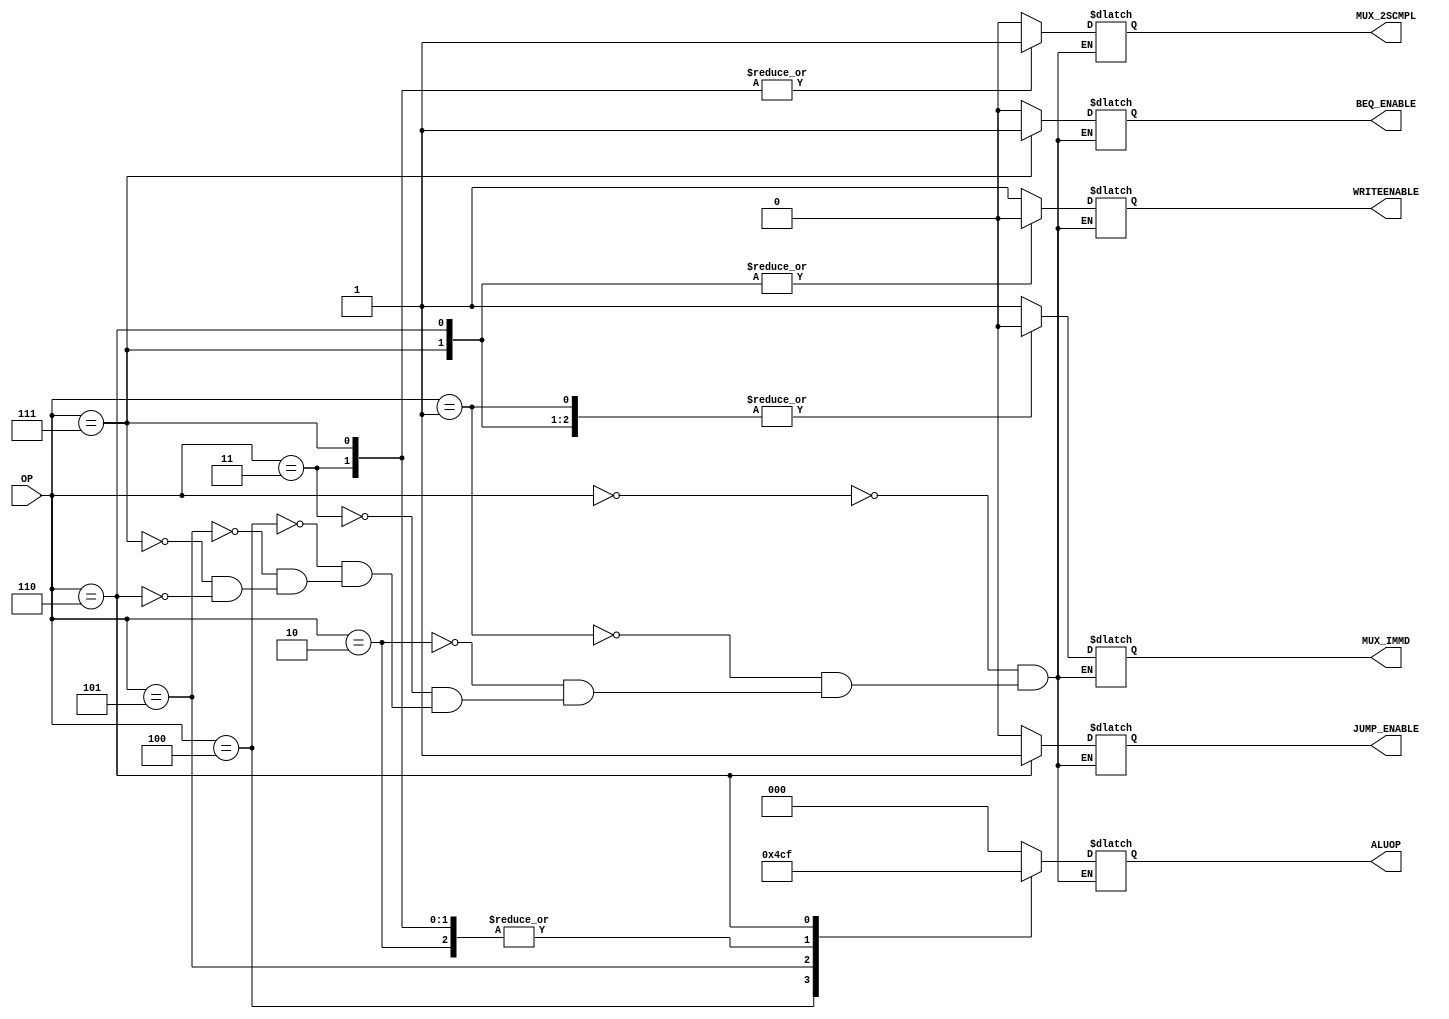
/*
 *
 *	Part 3
 *	CONTROL UNIT
 *
 */


module control_unit(ALUOP,MUX_2SCMPL,MUX_IMMD,WRITEENABLE,BEQ_ENABLE, JUMP_ENABLE, OP);

	input [7:0] OP;						// opcode

	output reg MUX_2SCMPL, MUX_IMMD, WRITEENABLE, BEQ_ENABLE, JUMP_ENABLE;		// 1 bit outputs from control unit
	output reg [2:0] ALUOP;					// 3-bits ALU opcode

	
	always @(*)
	begin 	
		
		#1

		case(OP)
			// case for load immediate value
			8'b00000000: begin
			
				ALUOP = 3'b000;		// alu operation code 
				MUX_2SCMPL = 'b0;	// 2s complement select pin
				MUX_IMMD = 'b1;		// immediadte value select pin
				WRITEENABLE = 'b1;	// register write enable pin
				BEQ_ENABLE = 'b0;	// branch equal enable pin
				JUMP_ENABLE = 'b0;	// jump enable pin

			end
			
			// case for move register value
			8'b00000001: begin

				ALUOP = 3'b000;		// alu operation code
                                MUX_2SCMPL = 'b0;	// 2s complement select pin
                                MUX_IMMD = 'b0;		// immediadte value select pin
                                WRITEENABLE = 'b1;	// register write enable pin
				BEQ_ENABLE = 'b0;       // branch equal enable pin
                                JUMP_ENABLE = 'b0;      // jump enable pin

			end

			// case for add operation
			8'b00000010: begin
				
				ALUOP = 3'b001;		// alu operation code
                                MUX_2SCMPL = 'b0;	// 2s complement select pin
                                MUX_IMMD = 'b0;		// immediadte value select pin
                                WRITEENABLE = 'b1;	// register write enable pin
				BEQ_ENABLE = 'b0;       // branch equal enable pin
                                JUMP_ENABLE = 'b0;      // jump enable pin

			end

			// case for sub operation
			8'b00000011: begin

				ALUOP = 3'b001;		// alu operation code
                                MUX_2SCMPL = 'b1;	// 2s complement select pin
                                MUX_IMMD = 'b0;		// immediadte value select pin
                                WRITEENABLE = 'b1;	// register write enable pin
				BEQ_ENABLE = 'b0;       // branch equal enable pin
                                JUMP_ENABLE = 'b0;      // jump enable pin
			
			end	


			// case for and operation
			8'b00000100: begin
				
				ALUOP = 3'b010;		// alu operation code
                                MUX_2SCMPL = 'b0;	// 2s complement select pin
                                MUX_IMMD = 'b0;		// immediadte value select pin
                                WRITEENABLE = 'b1;	// register write enable pin
				BEQ_ENABLE = 'b0;       // branch equal enable pin
                                JUMP_ENABLE = 'b0;      // jump enable pin

                        end

			// case for or operation
			8'b00000101: begin
				
				ALUOP = 3'b011;		// alu operation code
                                MUX_2SCMPL = 'b0;	// 2s complement select pin
                                MUX_IMMD = 'b0;		// immediadte value select pin
                                WRITEENABLE = 'b1;	// register write enable pin
				BEQ_ENABLE = 'b0;       // branch equal enable pin
                                JUMP_ENABLE = 'b0;      // jump enable pin

                        end

			// case for beq
			8'b00000111: begin

				ALUOP = 3'b001;         // alu operation code
                                MUX_2SCMPL = 'b1;       // 2s complement select pin
                                MUX_IMMD = 'b0;         // immediadte value select pin
                                WRITEENABLE = 'b0;      // register write enable pin
                                BEQ_ENABLE = 'b1;       // branch equal enable pin
                                JUMP_ENABLE = 'b0;      // jump enable pin

			end	

			// case for jump
			8'b00000110: begin

				ALUOP = 3'b111;         // alu operation code
                                MUX_2SCMPL = 'b0;       // 2s complement select pin
                                MUX_IMMD = 'b0;         // immediadte value select pin
                                WRITEENABLE = 'b0;      // register write enable pin
                                BEQ_ENABLE = 'b0;       // branch equal enable pin
                                JUMP_ENABLE = 'b1;      // jump enable pin

			end

				
		endcase
	end

endmodule